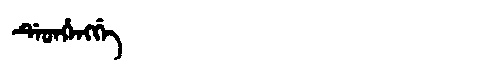
Manchu: ᡩᡝᡨᡥᡝᠩᡤᡝ
Romanization: DETHENGGE